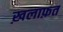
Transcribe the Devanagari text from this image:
ख़लाफ़त